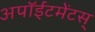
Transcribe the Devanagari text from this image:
अपॉईंटमेंटस्